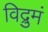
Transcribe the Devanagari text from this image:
विद्रुमं